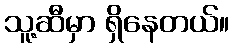
သူ့ဆီမှာ ရှိနေတယ်။